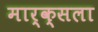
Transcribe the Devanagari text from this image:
मार्क्‍सला